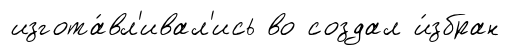
изгота́вл'ивал'ись во создал и́збран